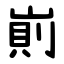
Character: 崱